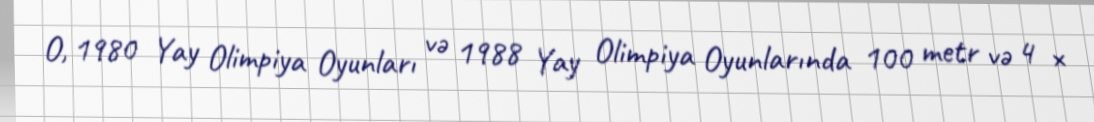
O, 1980 Yay Olimpiya Oyunları və 1988 Yay Olimpiya Oyunlarında 100 metr və 4 ×